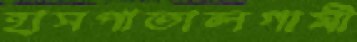
হাসপাতালগামী